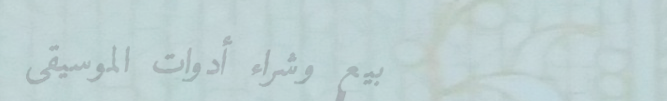
بيع وشراء أدوات الموسيقى